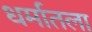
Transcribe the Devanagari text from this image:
धर्मातला